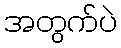
အတွက်ပဲ